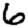
Digit: 6